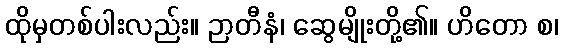
ထိုမှတစ်ပါးလည်း။ ဉာတီနံ၊ ဆွေမျိုးတို့၏။ ဟိတော စ၊